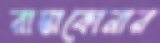
রাস্তাকোনার